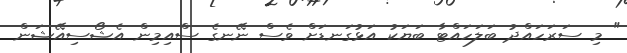
" މި ސަރަހައްދު ބަލަހައްޓާ ބަޔަކު އަޅުގަނޑަށް ވެސް ނޭނގެ ސްއިމިން އެޝޯސިއޭޝަން